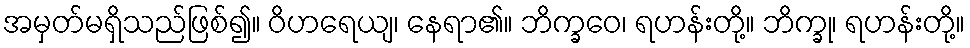
အမှတ်မရှိသည်ဖြစ်၍။ ဝိဟရေယျ၊ နေရာ၏။ ဘိက္ခဝေ၊ ရဟန်းတို့။ ဘိက္ခု၊ ရဟန်းတို့။